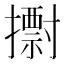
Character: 𢷋